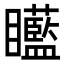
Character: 𥍍